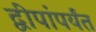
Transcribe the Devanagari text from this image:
द्वीपांपर्यंत